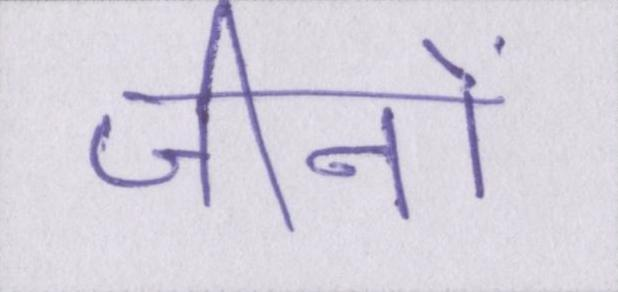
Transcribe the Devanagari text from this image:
जीनों